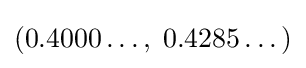
\left(0.4000\dots ,\;0.4285\dots \right)